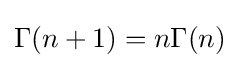
\Gamma (n+1)=n\Gamma (n)